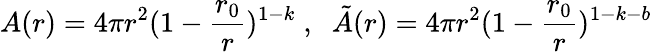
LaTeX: A(r)=4\pi r^{2}(1-\frac{r_{0}}{r})^{1-k}\; ,\; \; \tilde{A}(r)=4\pi r^{2}(1-\frac{r_{0}}{r})^{1-k-b}